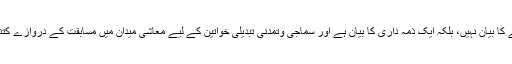
دوسرے لفظوں میں شوہر کا بیوی کی کفالت کرنا محض ایک واقعے کا بیان نہیں، بلکہ ایک ذمہ داری کا بیان ہے اور سماجی وتمدنی تبدیلی خواتین کے لیے معاشی میدان میں مسابقت کے دروازے کتنے ہی کھول دے، کفالت کی یہ ذمہ داری مرد پر ہی عائد رہے گی۔